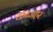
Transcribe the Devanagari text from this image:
कब्जहर